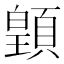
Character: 𩔇